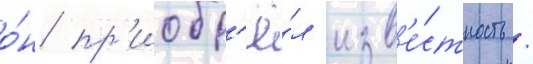
о́н пр'иобр'ё́л изв'е́стность /